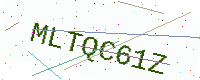
Text: MLTQC61Z